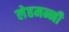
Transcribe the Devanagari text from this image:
लेहमन्नी